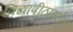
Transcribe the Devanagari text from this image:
विद्यापीठाबरोबर